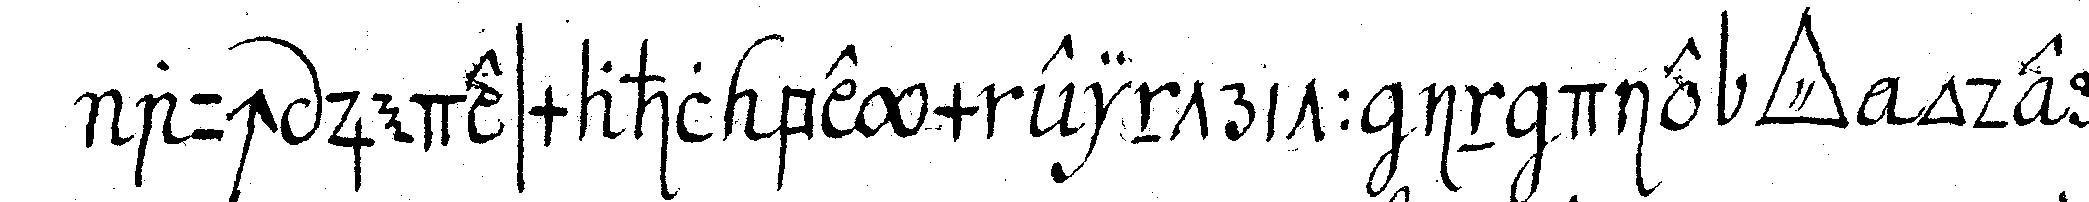
auch jedesmahl beym eintritt in die *tri..* oder